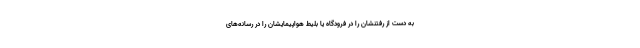
به دست از رفتنشان را در فرودگاه یا بلیط هواپیمایشان را در رسانه‌های